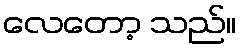
လေတော့ သည်။